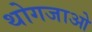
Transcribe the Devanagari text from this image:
थोगजाओ